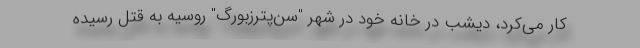
کار می‌کرد، دیشب در خانه خود در شهر "سن‌پترزبورگ" روسیه به قتل رسیده